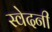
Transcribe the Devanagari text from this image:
स्वेदनी